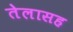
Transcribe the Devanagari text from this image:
तेलासह